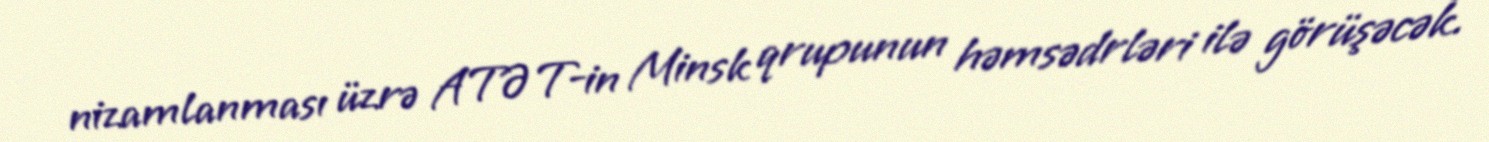
nizamlanması üzrə ATƏT-in Minsk qrupunun həmsədrləri ilə görüşəcək.